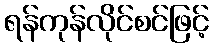
ရန်ကုန်လိုင်စင်ဖြင့်